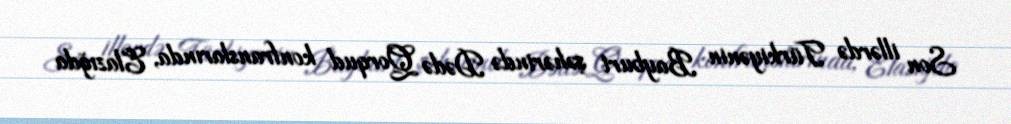
Son illərdə Türkiyənin Bayburt şəhərində Dədə Qorqud konfranslarında, Elazığda